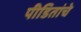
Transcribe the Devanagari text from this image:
पीडितांचे